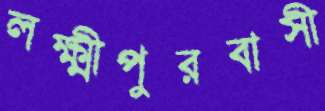
লক্ষ্মীপুরবাসী